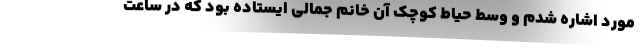
مورد اشاره شدم و وسط حیاط کوچک آن خانم جمالی ایستاده بود که در ساعت